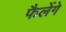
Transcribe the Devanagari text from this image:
फैलेंगे